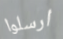
ارسلوا